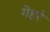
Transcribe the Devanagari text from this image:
गेहरे